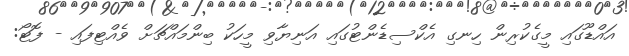
އައްޑޫގައި މީގެކުރިން ހިނގި އެކްސިޑެންޓުގައި އަނިޔާވި މީހަކު ބިންމައްޗަށް ވެއްޓިފައި - ފޮޓޯ: